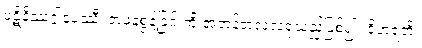
ပဋိနိဿဂ္ဂါနုပဿီ၊ တဖနစွန့်ခြင်းကို အဘန်တလဲလဲရှုသည်ဖြစ်၍။ ဝိဟရတိ၊